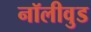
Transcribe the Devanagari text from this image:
नॉलीवुड